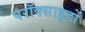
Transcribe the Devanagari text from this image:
परॉक्साइडों